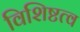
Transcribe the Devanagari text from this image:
विशिष्टत्व